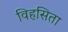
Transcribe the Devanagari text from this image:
विहसिता